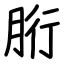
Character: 胻